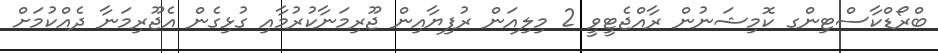
ބްރޯޑްކާސްޓިންގ ކޮމިޝަނުން ރާއްޖެޓީވީ 2 މިލިއަން ރުފިޔާއިން ޖޫރިމަނާކުރުމާއި ގުޅިގެން އެޖޫރިމަނާ ދެއްކުމަށް